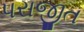
પરાજીત